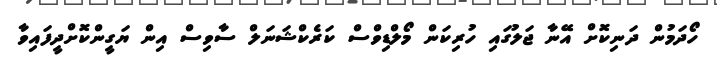
ހޯދަމުން ދަނިކޮށް އޭނާ ޖަލުގައި ހުރިކަން މޯލްޑިވްސް ކަރެކްޝަނަލް ސާވިސް އިން ޔަގީންކޮށްދީފައިވާ